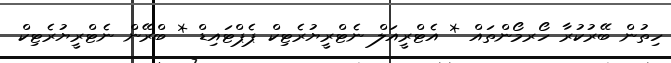
ހިތުން ބޭރުކުރާ ހޯރމޯންތައް * އެޓްރީއަލް ނެޓްރީޔުރެޓިކް ޕެޕްޓައިޑް * ބްރޭން ނެޓްރީޔުރެޓިކް